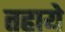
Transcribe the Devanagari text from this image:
तहाये